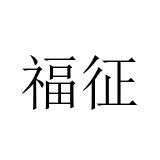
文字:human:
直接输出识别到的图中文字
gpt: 福征